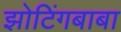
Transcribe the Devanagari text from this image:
झोटिंगबाबा